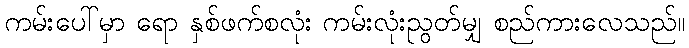
ကမ်းပေါ်မှာ ရော နှစ်ဖက်စလုံး ကမ်းလုံးညွတ်မျှ စည်ကားလေသည်။